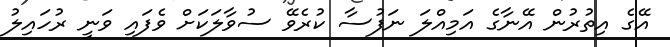
އޭގެ އިތުރުން އޭނާގެ އަމިއްލަ ނަފުސާ ކުރެވޭ ސުވާލަކަށް ވެފައި ވަނީ ރުހައިލު